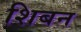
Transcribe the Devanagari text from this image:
शिबन